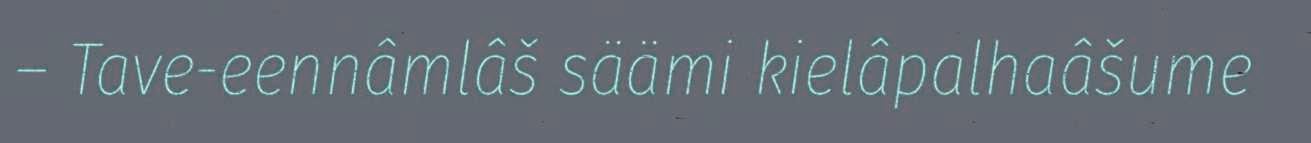
– Tave-eennâmlâš säämi kielâpalhaâšume